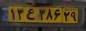
۱۳ع۳۸۶۲۹